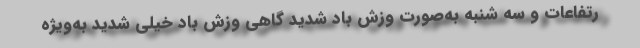
رتفاعات و سه شنبه به‌صورت وزش باد شدید گاهی وزش باد خیلی شدید به‌ویژه